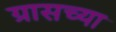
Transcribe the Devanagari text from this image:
ग्रासच्या